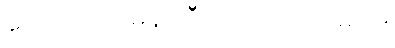
ပြောရရင် ပုံမှန် ဘီယာ သောက်မယ်။